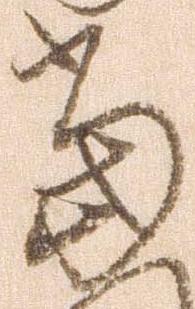
当